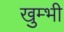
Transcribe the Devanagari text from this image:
खुम्भी